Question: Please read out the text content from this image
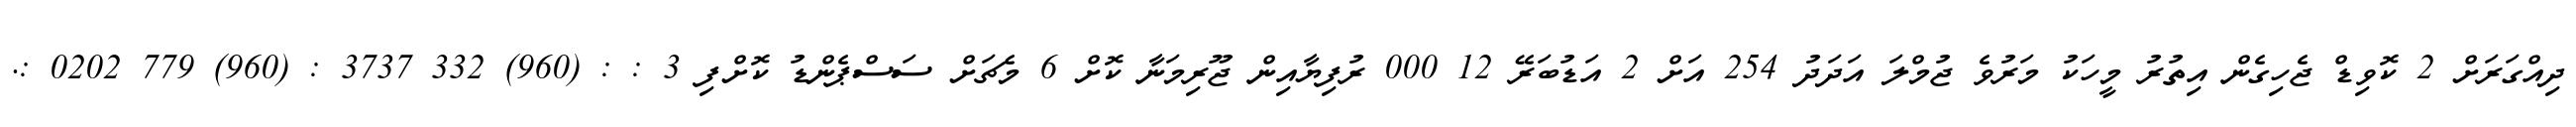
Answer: ދިއްގަރަށް 2 ކޮވިޑް ޖެހިގެން އިތުރު މީހަކު މަރުވެ ޖުމްލަ އަދަދު 254 އަށް 2 އަޑުބަރޭ 12 000 ރުފިޔާއިން ޖޫރިމަނާ ކޮށް 6 މެޗަށް ސަސްޕެންޑު ކޮށްފި 3 : : (960) 332 3737 : (960) 779 0202 :.